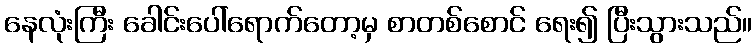
နေလုံးကြီး ခေါင်းပေါ်ရောက်တော့မှ စာတစ်စောင် ရေး၍ ပြီးသွားသည်။